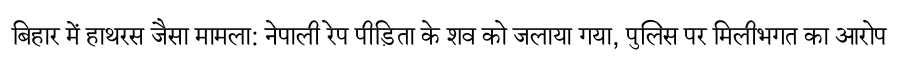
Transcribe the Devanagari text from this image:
बिहार में हाथरस जैसा मामला: नेपाली रेप पीड़िता के शव को जलाया गया, पुलिस पर मिलीभगत का आरोप